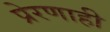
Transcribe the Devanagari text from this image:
प्रेरणाही